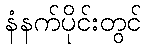
နံနက်ပိုင်းတွင်